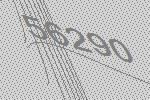
56290